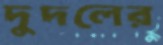
দুদলের